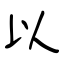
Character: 以